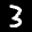
Label: 3